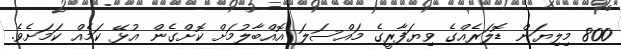
800 މިލިޔަން ޑޮލަރެއްގެ ވިޔަފާރީގެ މައްސަލަ އޮއްބާލުމަށް ކޮށްގެން އުޅޭ ކަމެއް ކަމަށެވެ.